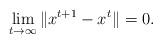
LaTeX: \begin{align*} \lim_{t \rightarrow \infty} \|x^{t+1} - x^t\| = 0. \end{align*}